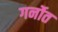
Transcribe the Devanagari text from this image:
गर्नोत